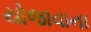
યોજાવાના